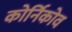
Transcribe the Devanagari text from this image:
कोर्निकोव